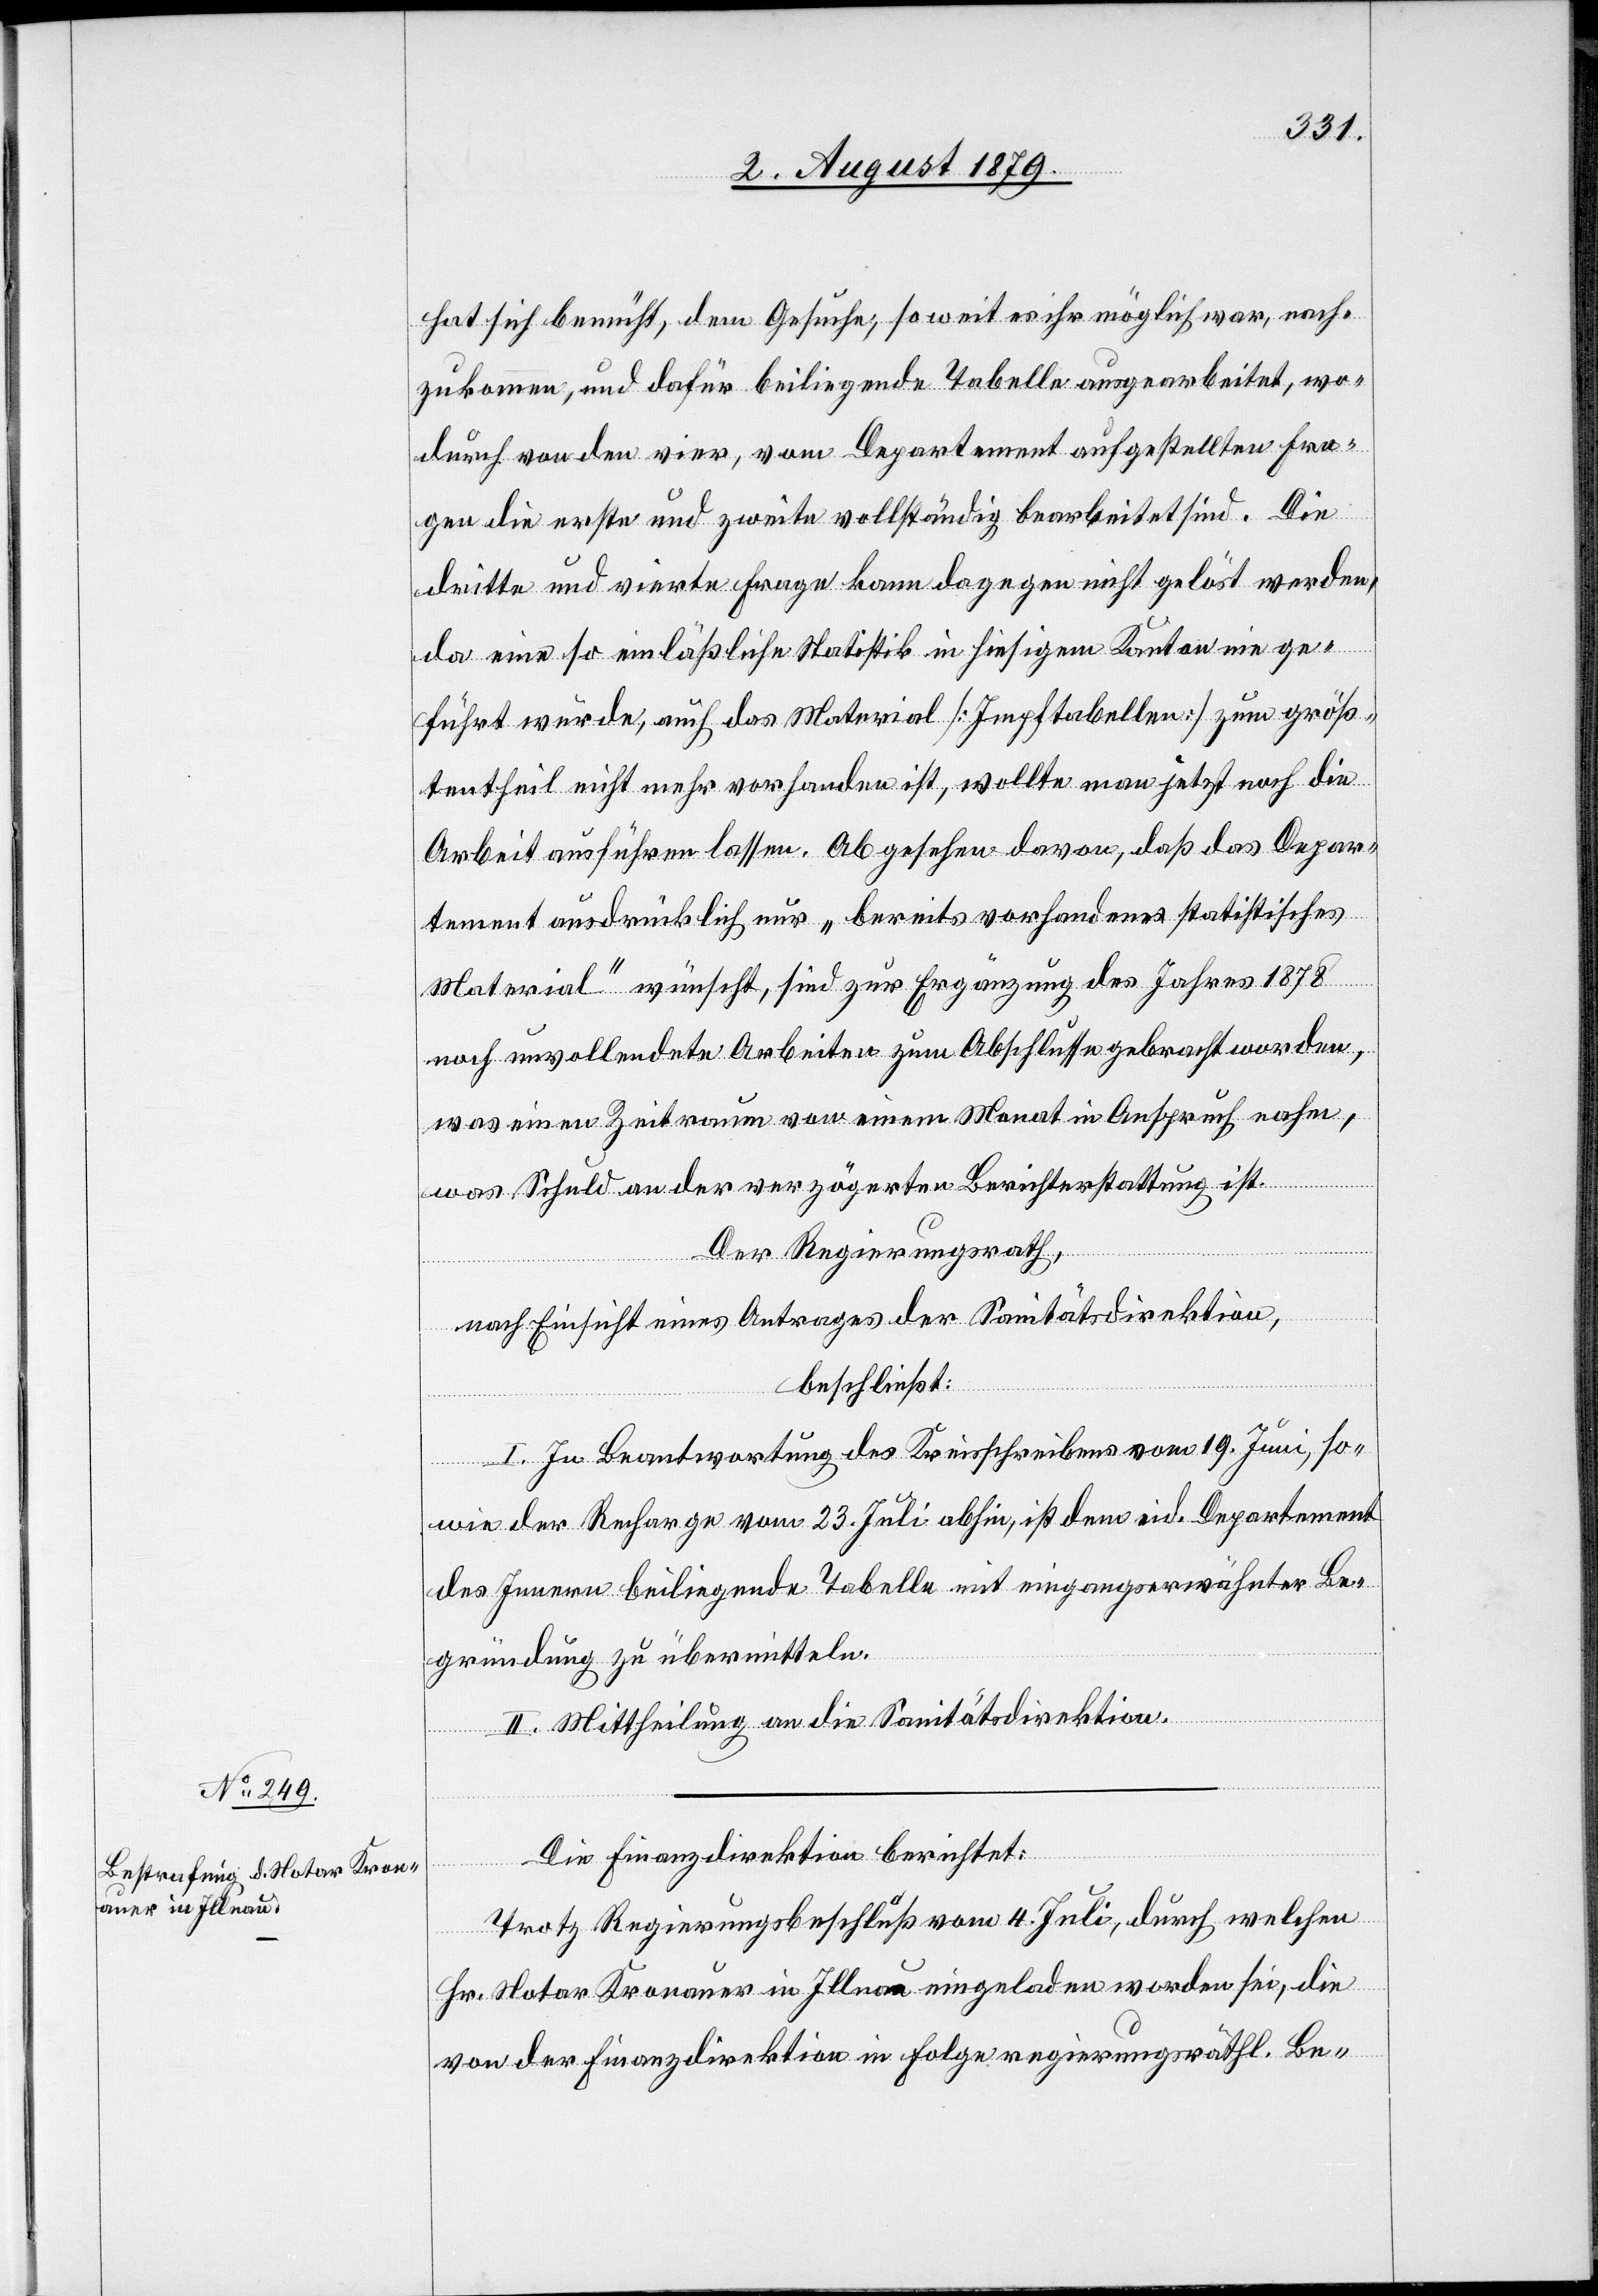
hat sich bemüht, dem Gesuche, so weit es ihr möglich war, nach¬
zukommen, und dafür beiliegende Tabelle ausgearbeitet, wo¬
durch von den vier, vom Departement aufgestellten Fra¬
gen die erste und zweite vollständig bearbeitet sind. Die
dritte und vierte Frage kann dagegen nicht gelöst werden,
da eine so einläßliche Statistik in hiesigem Kanton einge¬
führt wurde, auch das Material [Impftabellen] zum größ¬
tentheil nicht mehr vorhanden ist, wollte man jetzt noch die
Arbeit ausführen lassen. Abgesehen davon, daß das Depar¬
tement ausdrücklich nur „bereits vorhandenes statistisches
Material“ wünscht, sind zur Ergänzung des Jahres 1878
noch unvollendete Arbeiten zum Abschlusse gebracht worden,
was einen Zeitraum von einem Monat in Anspruch nahm,
was Schuld an der verzögerten Berichterstattung ist.
Der Regierungsrath,
nach Einsicht eines Antrages der Sanitätsdirektion,
beschließt:
I. In Beantwortung des Kreisschreibens vom 19. Juni, so¬
wie der Recharge vom 23. Juli abhin, ist dem eid. Departement
des Innern beiliegende Tabelle mit eingangserwähnter Be¬
gründung zu übermitteln.
II. Mittheilung an die Sanitätsdirektion.
Die Finanzdirektion berichtet:
Trotz Regierungsbeschluß vom 4. Juli, durch welchen
Hr. Notar Kronauer in Illnau eingeladen worden sei, die
von der Finanzdirektion in Folge regierungsräthl. Be-